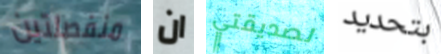
منفصلتين ان لصديقتي بتحديد